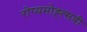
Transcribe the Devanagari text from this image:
रोप्यमोह्त्सवी